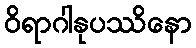
ဝိရာဂါနုပဿိနော